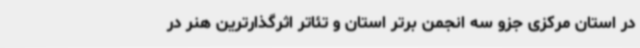
در استان مرکزی جزو سه انجمن برتر استان و تئاتر اثرگذارترین هنر در